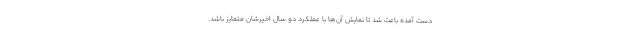
دست آمده باعث شد تا نمایش آن‌ها با عملکرد دو سال اخیرشان متمایز باشد.